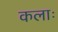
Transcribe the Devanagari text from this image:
कलाः